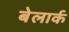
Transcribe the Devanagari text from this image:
बेलार्क